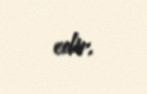
edir.